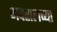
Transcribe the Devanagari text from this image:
भवतालच्या